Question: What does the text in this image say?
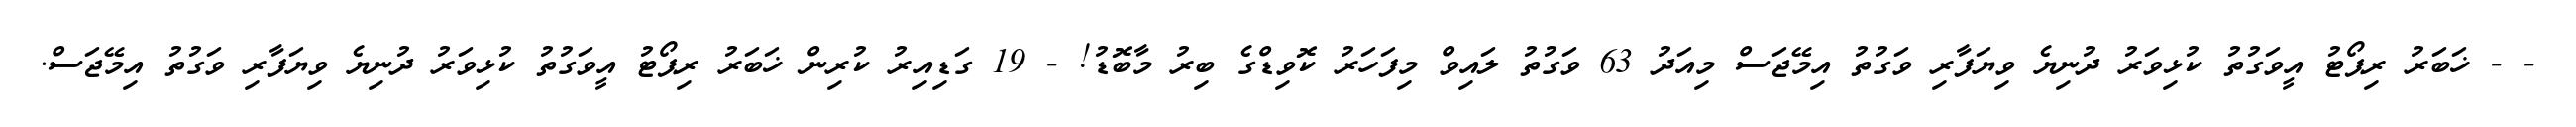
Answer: - - ޚަބަރު ރިޕޯޓު އީވަގުތު ކުޅިވަރު ދުނިޔެ ވިޔަފާރި ވަގުތު އިމޭޖަސް މިއަދު 63 ވަގުތު ލައިވް މިފަހަރު ކޮވިޑްގެ ބިރު މާބޮޑު! - 19 ގަޑިއިރު ކުރިން ޚަބަރު ރިޕޯޓު އީވަގުތު ކުޅިވަރު ދުނިޔެ ވިޔަފާރި ވަގުތު އިމޭޖަސް.